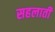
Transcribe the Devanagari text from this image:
सहलाती